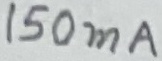
Text: 150mA